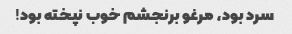
سرد بود، مرغو برنجشم خوب نپخته بود!